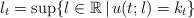
\begin{align*}l_t = \sup\{ l\in\mathbb{R}\,\vert\,u(t;l)=k_t\} \end{align*}